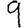
Digit: 9